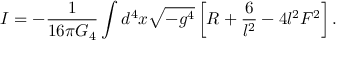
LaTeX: I = - { \frac { 1 } { 1 6 \pi G _ { 4 } } } \int d ^ { 4 } x \sqrt { - g ^ { 4 } } \left[ R + { \frac { 6 } { l ^ { 2 } } } - 4 l ^ { 2 } F ^ { 2 } \right] .